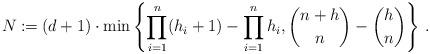
LaTeX: \begin{align*}N \coloneqq (d+1)\cdot \min \left \{ \prod_{i=1}^n (h_i+1) - \prod_{i=1}^n h_i, \binom{n+h}{n}-\binom{h}{n} \right\}\,.\end{align*}